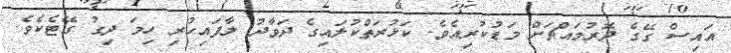
އައިސް ގޭގެ ދޮރުމައްޗަށް މަޑުކުރިއެވެ. ކަޅުރަތްކުލައިގެ ދަވާދު ލާފައިހުރި ހިމަ ދިގު ގޭޓެކެވެ.